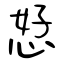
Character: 恏